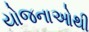
યોજનાઓથી